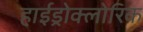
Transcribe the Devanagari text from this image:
हाईड्रोक्लोरिक